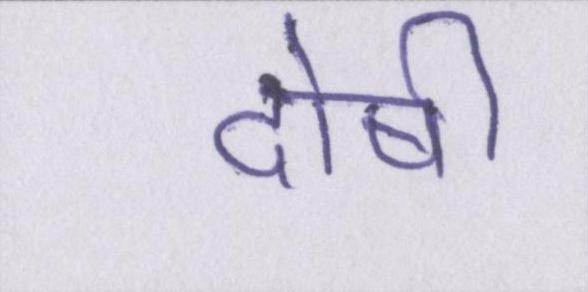
दोषी